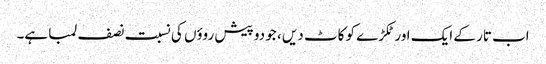
اب تار کے ایک اور ٹکڑے کو کاٹ دیں ، جو دو پیش روؤں کی نسبت نصف لمبا ہے۔